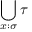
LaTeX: \bigcup _ { x : \sigma } \tau